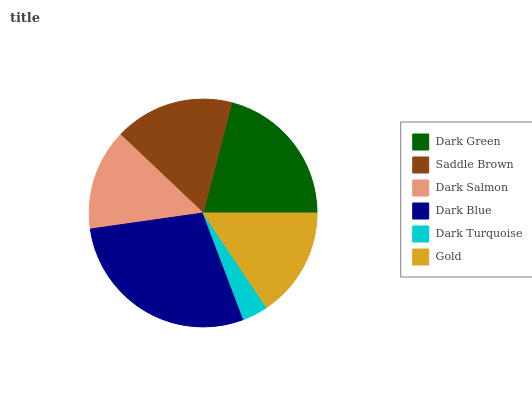
| Dark Green | Saddle Brown | Dark Salmon | Dark Blue | Dark Turquoise | Gold |
 | --- | --- | --- | --- | --- | --- |
 | 21% | 17% | 14.3% | 28.5% | 3.64% | 15.6% |